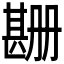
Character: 𬎲